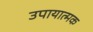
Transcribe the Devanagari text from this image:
उपायात्मक